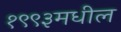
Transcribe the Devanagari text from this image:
१९९३मधील